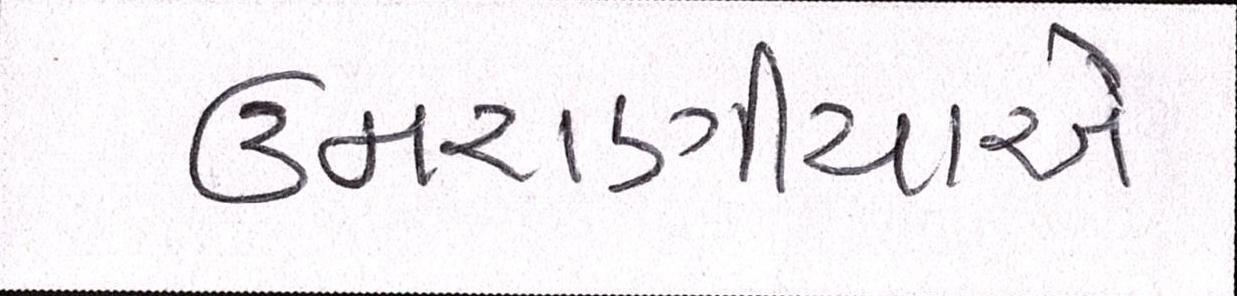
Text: ઉમરાણીયાએ